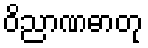
ဝိညာဏဓာတု